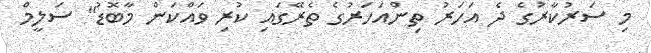
މި ސަރުކާރުގެ ދެ އަހަރު ތިންއަހަރުގެ ތެރޭގައި ކުރި ވައްކަން މާބޮޑު" ސަލީމް